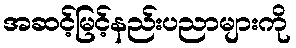
အဆင့်မြင့်နည်းပညာများကို